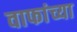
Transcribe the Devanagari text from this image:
वाफांच्या